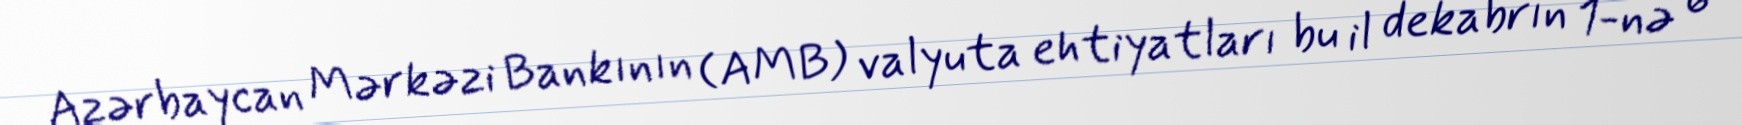
Azərbaycan Mərkəzi Bankının (AMB) valyuta ehtiyatları bu il dekabrın 1-nə 6